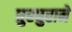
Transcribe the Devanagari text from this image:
घुरघुराने